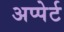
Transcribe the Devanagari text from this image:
अप्पेर्ट